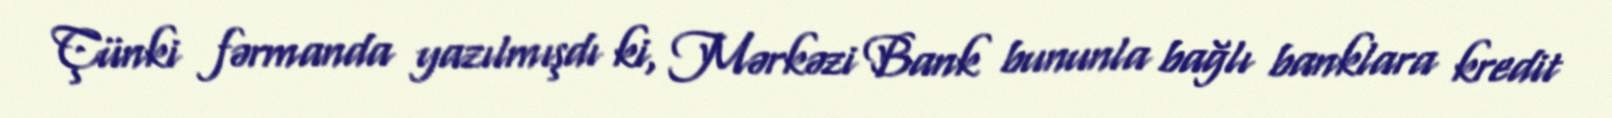
Çünki fərmanda yazılmışdı ki, Mərkəzi Bank bununla bağlı banklara kredit